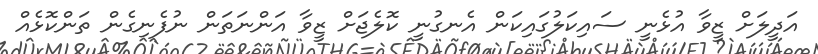
އަދީލަށް ޒީވާ އުޅެނީ ސައިކަލުގައިކަން އެނގުނީ ކޮލެޖަށް ޒީވާ އަންނަތަން ނުފެނިގެން ތަންކޮޅެއް